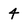
Character: 4